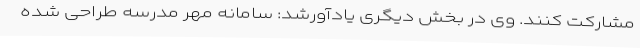
مشارکت کنند. وی در بخش دیگری یادآورشد: سامانه مهر مدرسه طراحی شده